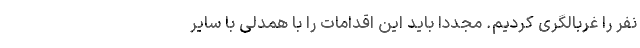
نفر را غربالگری کردیم. مجددا باید این اقدامات را با همدلی با سایر